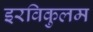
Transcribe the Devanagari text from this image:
इरविकुलम